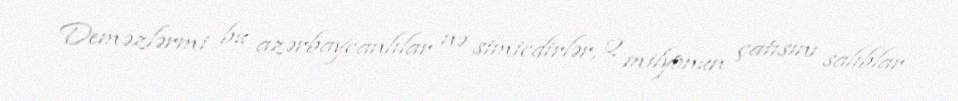
Deməzlərmi bu azərbaycanlılar nə simicdirlər, 2 milyonun çatısını salıblar